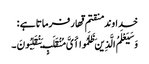
خداوند منقتم قهار فرماتا ہے :
وَسَیَعْلَمُ الَّذِینَ ظَلَمُوا أَیَّ مُنْقَلَبٍ یَنْقَلِبُونَ ۔